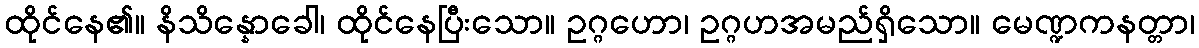
ထိုင်နေ၏။ နိသိန္နောခေါ၊ ထိုင်နေပြီးသော။ ဥဂ္ဂဟော၊ ဥဂ္ဂဟအမည်ရှိသော။ မေဏ္ဍကနတ္တာ၊